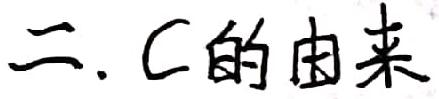
二. C的由来